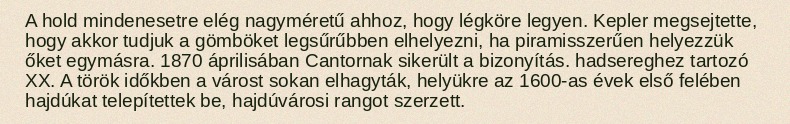
A hold mindenesetre elég nagyméretű ahhoz, hogy légköre legyen. Kepler megsejtette, hogy akkor tudjuk a gömböket legsűrűbben elhelyezni, ha piramisszerűen helyezzük őket egymásra. 1870 áprilisában Cantornak sikerült a bizonyítás. hadsereghez tartozó XX. A török időkben a várost sokan elhagyták, helyükre az 1600-as évek első felében hajdúkat telepítettek be, hajdúvárosi rangot szerzett.